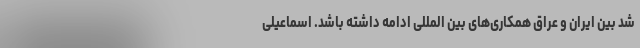
شد بین ایران و عراق همکاری‌های بین المللی ادامه داشته باشد. اسماعیلی